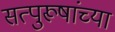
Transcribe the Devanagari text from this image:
सत्पुरूषांच्या